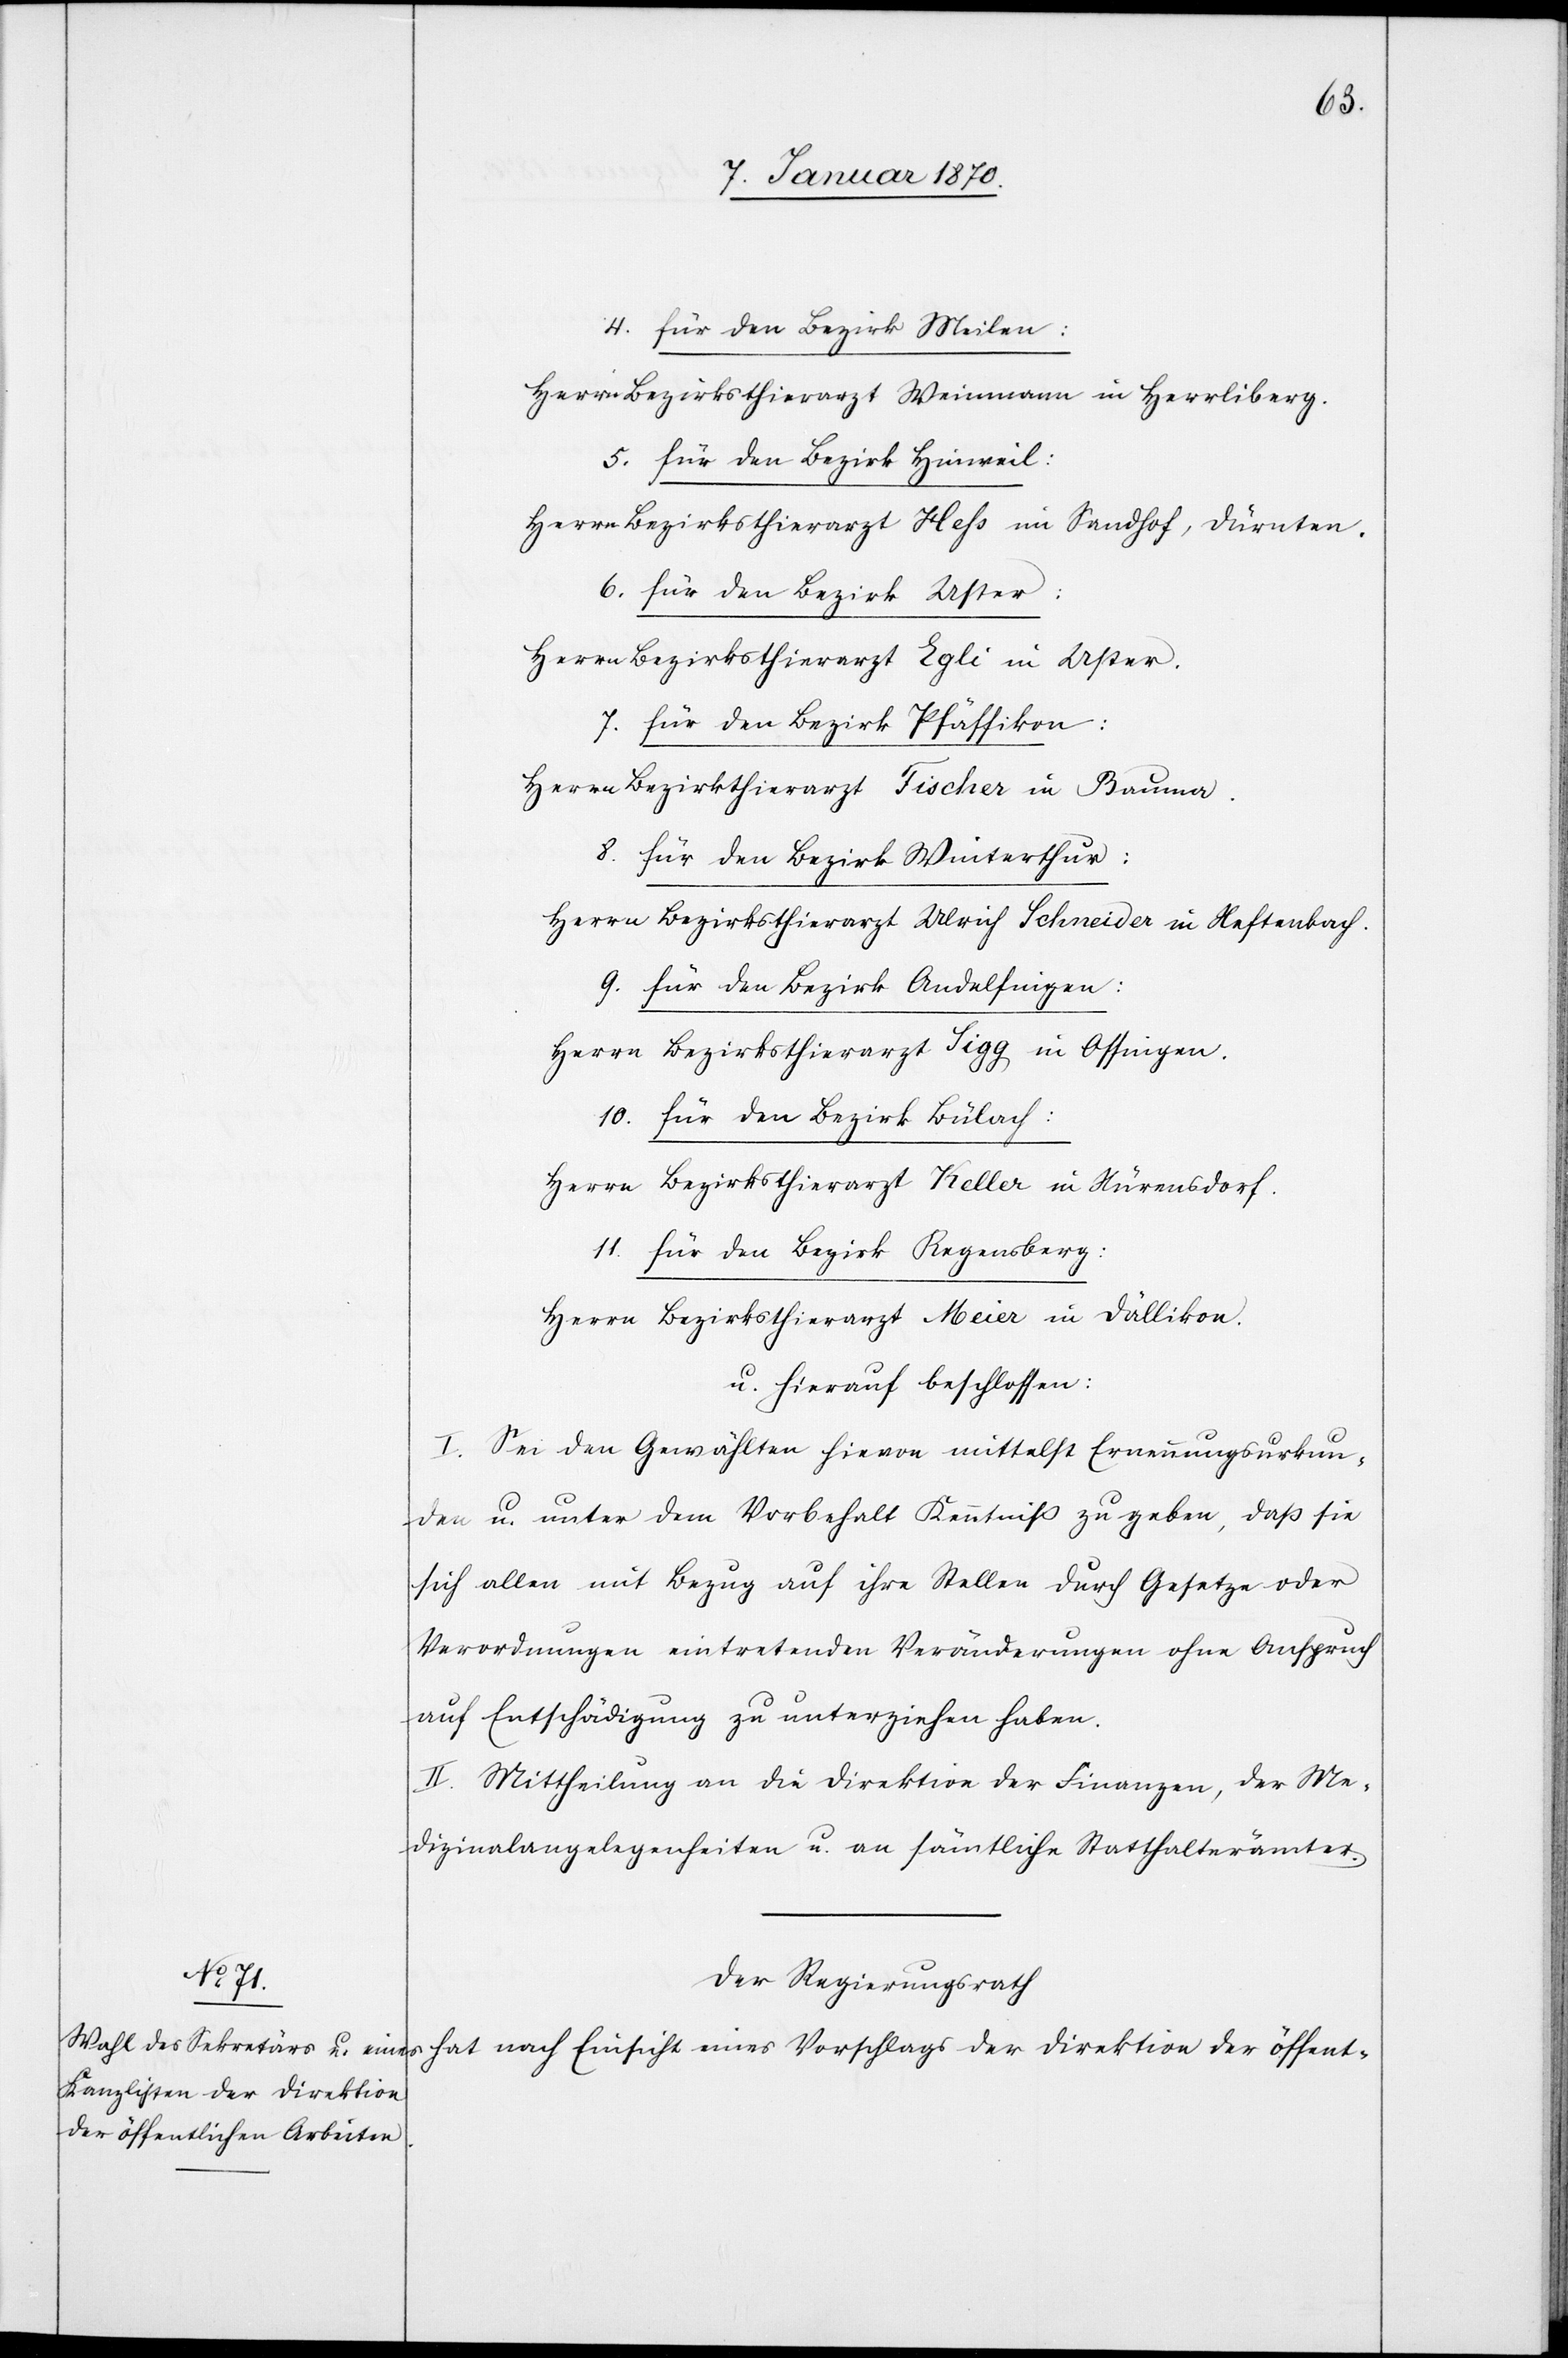
4. für den Bezirk Meilen:
Herrn Bezirksthierarzt Weinmann in Herrliberg.
5. für den Bezirk Hinweil:
Herrn Bezirksthierarzt Hess in Sandhof, Dürnten.
6. für den Bezirk Uster:
Herrn Bezirksthierarzt Egli in Uster.
7. für den Bezirk Pfäffikon:
Herrn Bezirksthierarzt Fischer in Bauma.
8. für den Bezirk Winterthur:
Herrn Bezirksthierarzt Ulrich Schneider in Neftenbach.
9. für den Bezirk Andelfingen:
Herrn Bezirksthierarzt Sigg in Ossingen.
10. für den Bezirk Bülach:
Herrn Bezirksthierarzt Keller in Nürensdorf.
11. für den Bezirk Regensberg:
Herrn Bezirksthierarzt Meier in Dällikon.
u. hierauf beschlossen:
I. Sei den Gewählten hievon mittelst Ernennungsurkun¬
den u. unter dem Vorbehalt Kenntniß zu geben, daß sie
sich allen mit Bezug auf ihre Stellen durch Gesetze oder
Verordnungen eintretenden Veränderungen ohne Anspruch
auf Entschädigung zu unterziehen haben.
II. Mittheilung an die Direktion der Finanzen, der Me¬
dizinalangelegenheiten u. an sämtliche Statthalterämter.
Der Regierungsrath